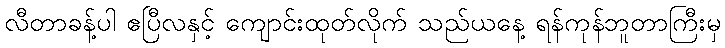
လီတာခန့်ပါ ဧပြီလနှင့် ကျောင်းထုတ်လိုက် သည်ယနေ့ ရန်ကုန်ဘူတာကြီးမှ